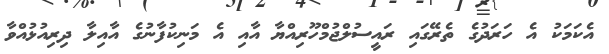
އެކަމަކު އެ ހަރަދުގެ ތެރޭގައި ރައީސުލްޖުމްހޫރިއްޔާ އާއި އެ މަނިކުފާނުގެ އާއިލާ ދިރިއުޅުއްވާ